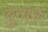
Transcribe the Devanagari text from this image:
ब्रुनोने